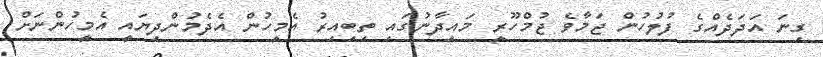
ގިނަ އަދަދެއްގެ ފުލުހުން ޖަމާވެ ޖުމްހޫރީ މައިދާނުގައި ތިބިއިރު އެމީހުން އެދެމުންދިޔައީ އެމީހުންނަށް